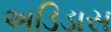
અડિડાસ